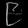
Digit: ၉